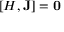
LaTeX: [ H , \mathbf { J } ] = \mathbf { 0 }